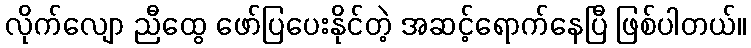
လိုက်လျော ညီထွေ ဖော်ပြပေးနိုင်တဲ့ အဆင့်ရောက်နေပြီ ဖြစ်ပါတယ်။